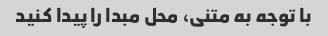
با توجه به متنی، محل مبدا را پیدا کنید